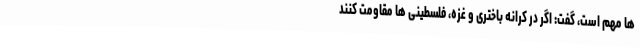
ها مهم است، گفت: اگر در کرانه باختری و غزه، فلسطینی ها مقاومت کنند